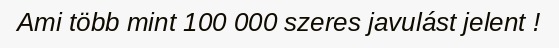
Ami több mint 100 000 szeres javulást jelent !